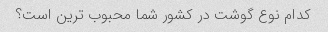
کدام نوع گوشت در کشور شما محبوب ترین است؟